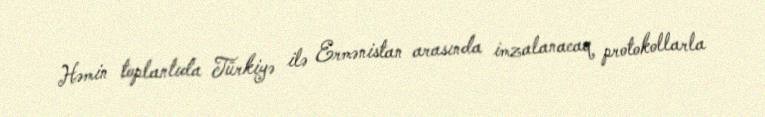
Həmin toplantıda Türkiyə ilə Ermənistan arasında imzalanacaq protokollarla